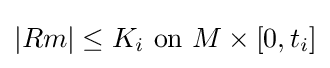
|Rm|\leq K_{i}{\text{ on }}M\times [0,t_{i}]